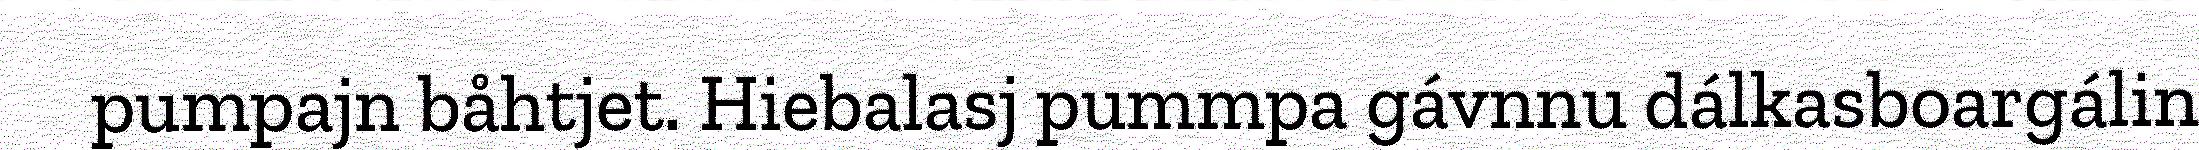
pumpajn båhtjet. Hiebalasj pummpa gávnnu dálkasboargálin